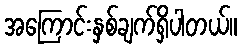
အကြောင်းနှစ်ချက်ရှိပါတယ်။